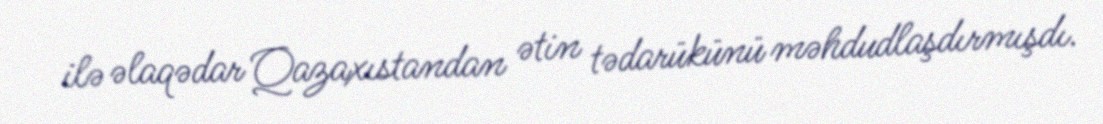
ilə əlaqədar Qazaxıstandan ətin tədarükünü məhdudlaşdırmışdı.